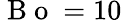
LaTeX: \mathrm{~B~o~}=10